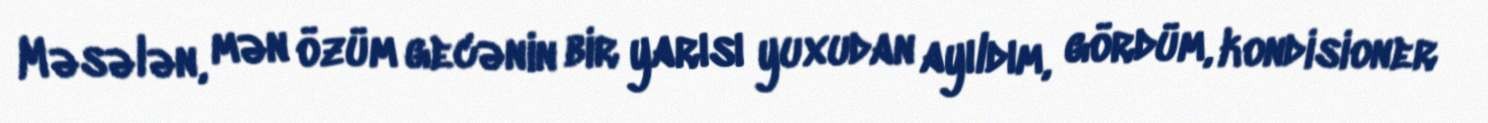
Məsələn, mən özüm gecənin bir yarısı yuxudan ayıldım, gördüm, kondisioner